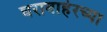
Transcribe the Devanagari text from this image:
घराबाहेरच्या